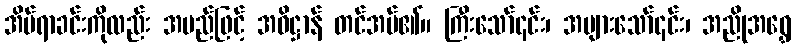
အိပ်ရာခင်းကိုလည်း အမည်ဖြင့် အဓိဋ္ဌာန် တင်အပ်၏။ ကြီးသော်၎င်း၊ အများသော်၎င်း၊ အညိုအရွှေ